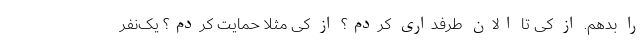
را بدهم. از کی تا الان طرفداری کردم؟ از کی مثلا حمایت کردم؟ یک‌نفر